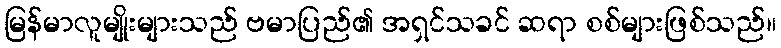
မြန်မာလူမျိုးများသည် ဗမာပြည်၏ အရှင်သခင် ဆရာ စစ်များဖြစ်သည်။